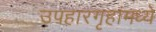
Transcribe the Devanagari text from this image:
उपहारगृहांमध्ये